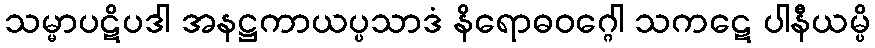
သမ္မာပဋိပဒါ အနဋ္ဌကာယပ္ပသာဒံ နိရောဓဝဂ္ဂေါ သကဋေ ပါနီယမ္ပိ